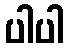
ပါပါ